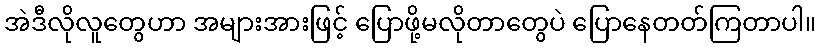
အဲဒီလိုလူတွေဟာ အများအားဖြင့် ပြောဖို့မလိုတာတွေပဲ ပြောနေတတ်ကြတာပါ။